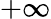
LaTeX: +\infty